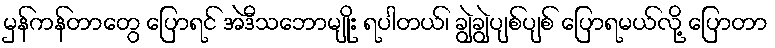
မှန်ကန်တာတွေ ပြောရင် အဲဒီသဘောမျိုး ရပါတယ်၊ ချွဲချွဲပျစ်ပျစ် ပြောရမယ်လို့ ပြောတာ